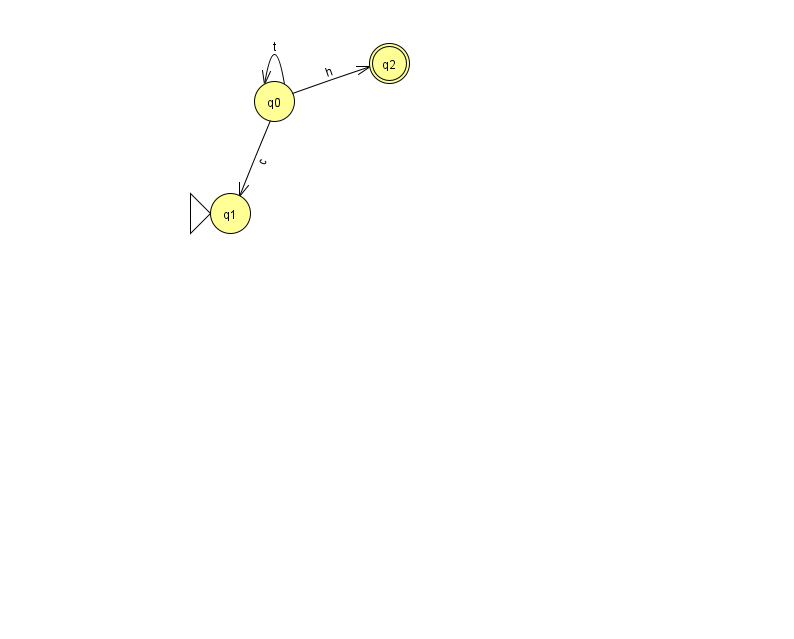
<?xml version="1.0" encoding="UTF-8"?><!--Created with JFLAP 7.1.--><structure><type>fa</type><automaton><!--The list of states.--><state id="0" name="q0"><x>274.0</x><y>88.0</y></state><state id="1" name="q1"><x>230.0</x><y>200.0</y><initial/></state><state id="2" name="q2"><x>389.0</x><y>50.0</y><final/></state><!--The list of transitions.--><transition><from>0</from><to>2</to><read>h</read></transition><transition><from>0</from><to>0</to><read>t</read></transition><transition><from>0</from><to>1</to><read>c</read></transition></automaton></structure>